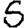
Digit: 5